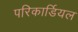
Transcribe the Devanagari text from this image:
परिकार्डियल